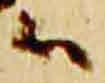
御